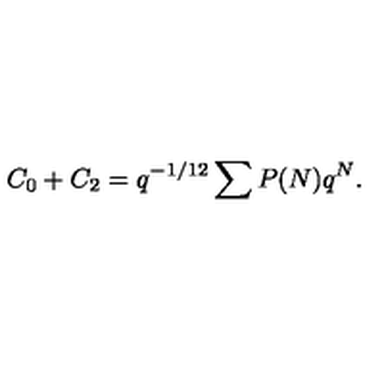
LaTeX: C _ { 0 } + C _ { 2 } = q ^ { - 1 / 1 2 } \sum P ( N ) q ^ { N } { } .